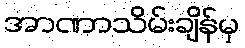
အာဏာသိမ်းချိန်မှ